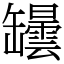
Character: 罎